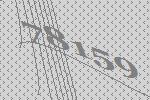
78159